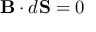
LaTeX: \mathbf { B } \cdot d \mathbf { S } = 0